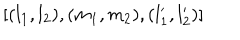
LaTeX: [ ( l _ { 1 } , l _ { 2 } ) , ( m _ { 1 } , m _ { 2 } ) , ( l _ { 1 } ^ { \prime } , l _ { 2 } ^ { \prime } ) ]